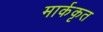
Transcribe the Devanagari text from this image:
मार्ककृत